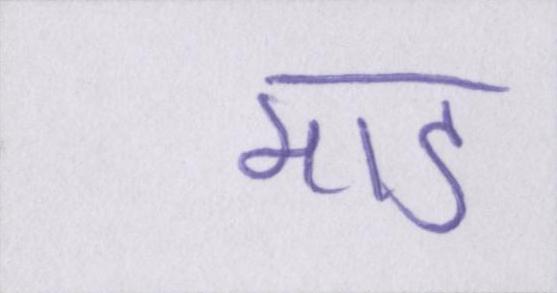
मांड